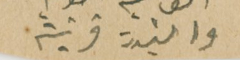
والسَيدة قرينته